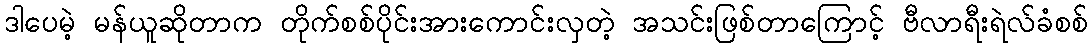
ဒါပေမဲ့ မန်ယူဆိုတာက တိုက်စစ်ပိုင်းအားကောင်းလှတဲ့ အသင်းဖြစ်တာကြောင့် ဗီလာရီးရဲလ်ခံစစ်